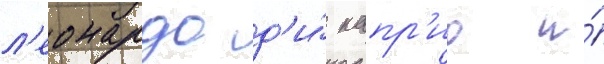
л'еонардо д'и́ капр'ио и́